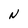
Character: N